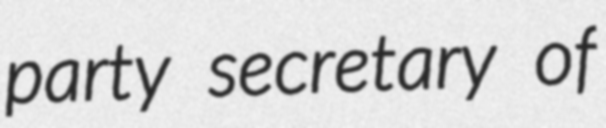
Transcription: party secretary of